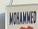
mohammed